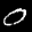
Label: 0